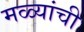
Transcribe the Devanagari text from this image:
मळ्यांची